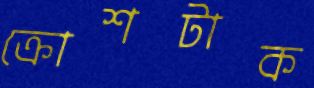
ক্রোশটাক